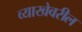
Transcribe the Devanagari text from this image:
व्याखेवरील